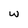
Character: w